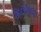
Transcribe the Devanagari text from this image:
नोटोनैक्टा